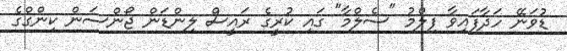
ޑުވަނޭ ހަދާފައިވާ ފިލްމު "ސެލްމާ" ގައި ކުރީގެ ރައީސް ލިންޑަން ޖޯންސަން ކިންގްގެ